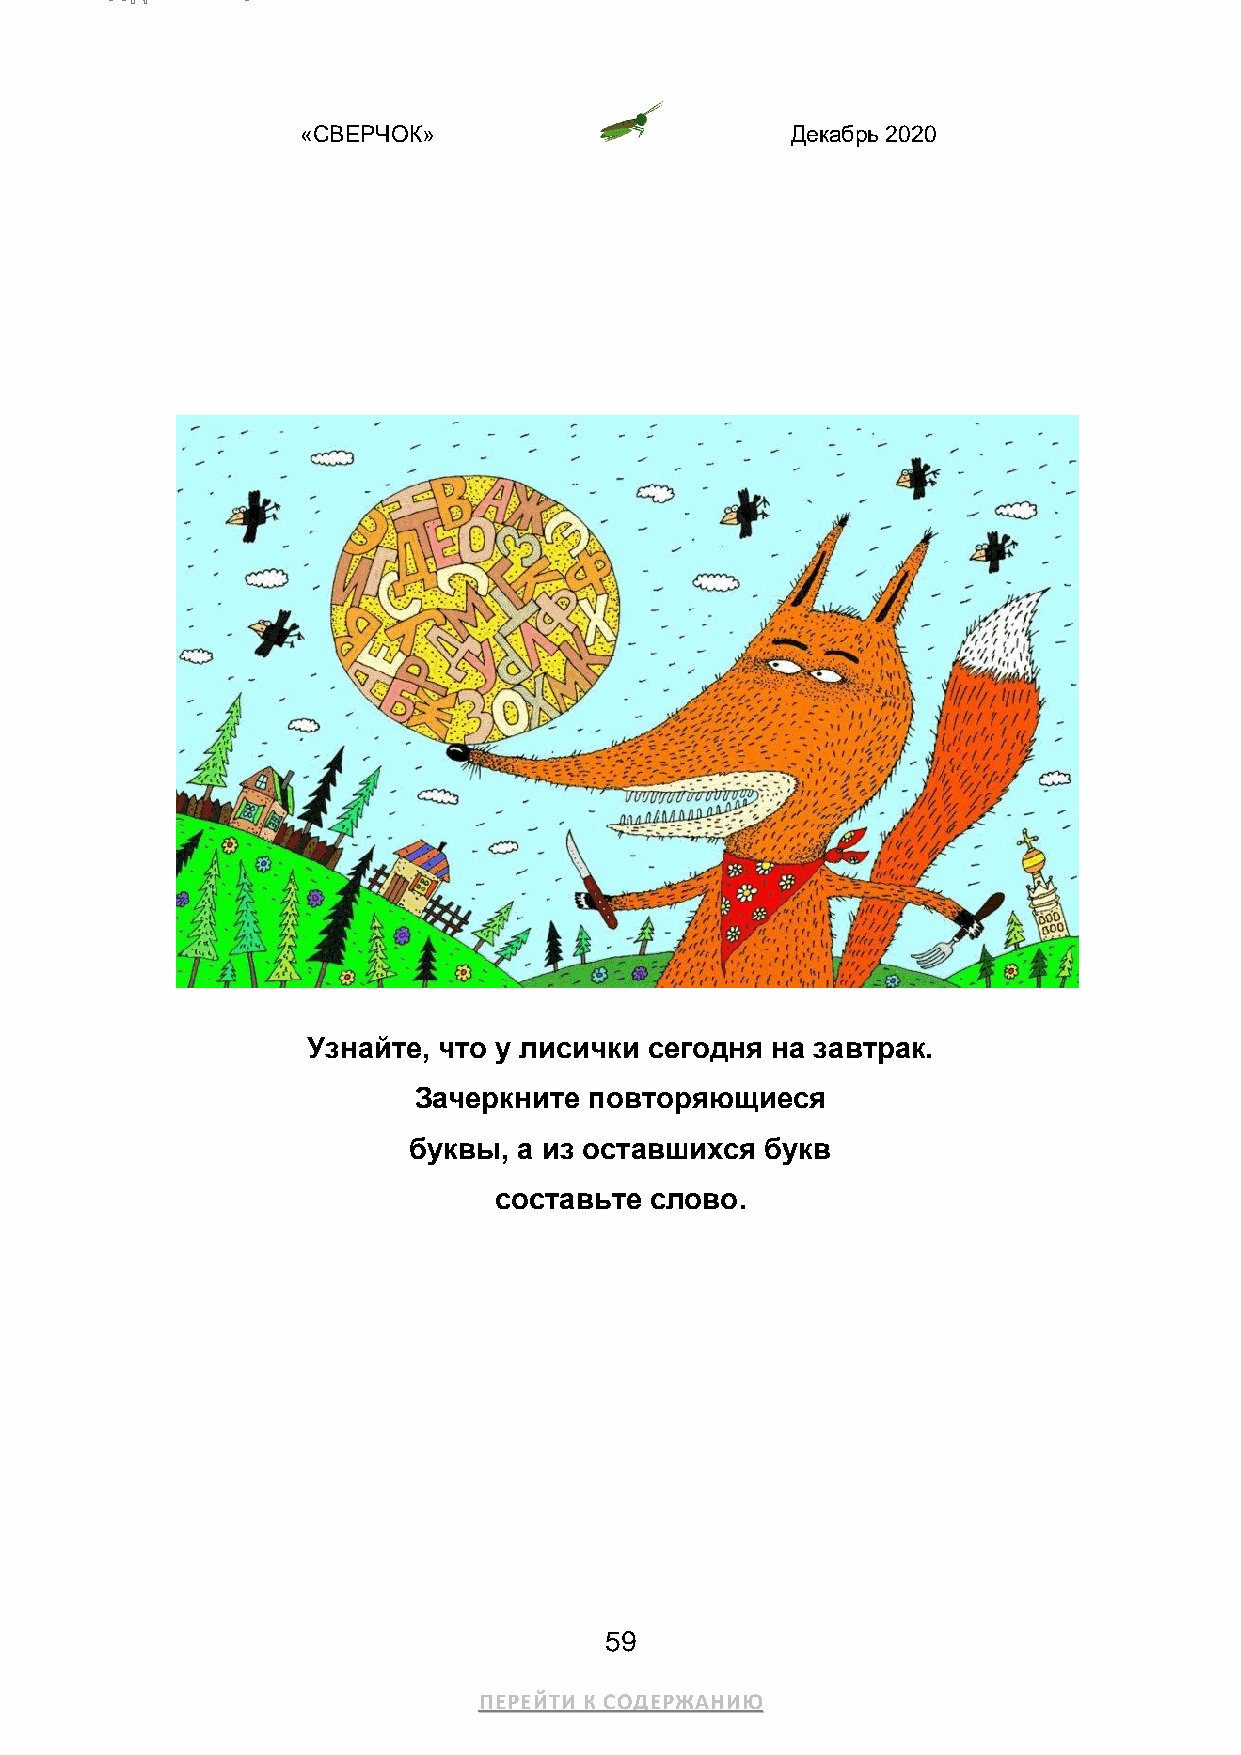
«СВЕРЧОК»                       Декабрь 2020
 Узнайте, что у лисички сегодня на завтрак.
 Зачеркните  повторяющиеся
 буквы, а из оставшихся  букв
 составьте слово.
 59
 ПЕРЕЙТИ К СОДЕРЖАНИЮ